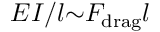
E I / l { \sim } F _ { \mathrm { d r a g } } l